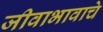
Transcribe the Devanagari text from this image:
जीवाभावाचे